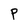
Character: P